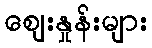
ဈေးနှုန်းများ